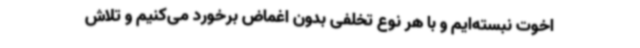
اخوت نبسته‌ایم و با هر نوع تخلفی بدون اغماض برخورد می‌کنیم و تلاش